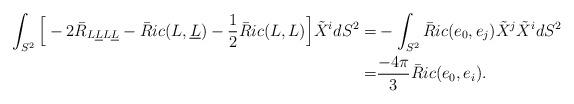
LaTeX: \begin{align*} \int_{S^2} {\Big [} -2\bar R_{L\underline LL\underline L} - \bar Ric(L,\underline L)- \frac{1}{2}\bar Ric(L,L){\Big ]} \tilde X^idS^2 =& - \int_{S^2} \bar Ric(e_0,e_j)\tilde {X}^j \tilde {X}^idS^2 \\= & \frac{-4 \pi}{3}\bar Ric(e_0,e_i).\end{align*}